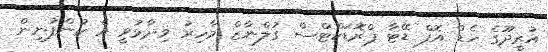
އުރީދޫގެ ހެޑް އޮފް ޑޭޓާ ޕްރޮޑަކްޓްސް ގުލްނާޒް މާހިރު ވިދާޅުވީ އެ ކުންފުނިން